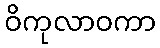
ဝိကုလာဝကာ